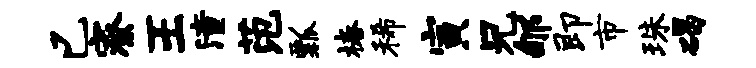
已寮王潼范瓢椿稀寅兄郇即市珠碣